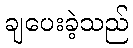
ချပေးခဲ့သည်